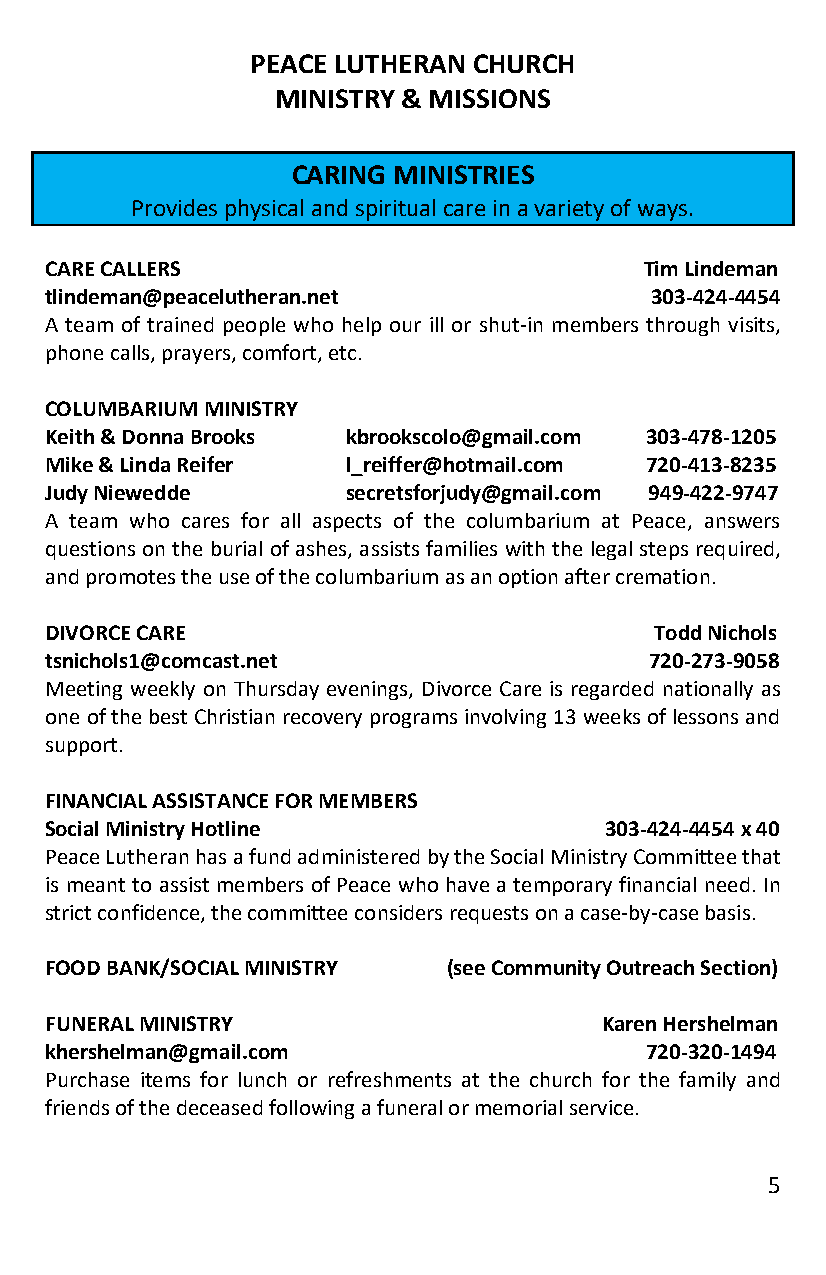
PEACE LUTHERAN CHURCH
 MINISTRY & MISSIONS
 CARING MINISTRIES
 Provides physical and spiritual care in a variety of ways.
 CARE CALLERS                            Tim Lindeman
 tlindeman@peacelutheran.net             303-424-4454
 A team of trained people who help our ill or shut-in members through visits,
 phone calls, prayers, comfort, etc.
 COLUMBARIUM MINISTRY
 Keith & Donna Brooks kbrookscolo@gmail.com 303-478-1205
 Mike & Linda Reifer l_reiffer@hotmail.com 720-413-8235
 Judy Niewedde       secretsforjudy@gmail.com 949-422-9747
 A team who cares for all aspects of the columbarium at Peace, answers
 questions on the burial of ashes, assists families with the legal steps required,
 and promotes the use of the columbarium as an option after cremation.
 DIVORCE CARE                            Todd Nichols
 tsnichols1@comcast.net                  720-273-9058
 Meeting weekly on Thursday evenings, Divorce Care is regarded nationally as
 one of the best Christian recovery programs involving 13 weeks of lessons and
 support.
 FINANCIAL ASSISTANCE FOR MEMBERS
 Social Ministry Hotline              303-424-4454 x 40
 Peace Lutheran has a fund administered by the Social Ministry Committee that
 is meant to assist members of Peace who have a temporary financial need. In
 strict confidence, the committee considers requests on a case-by-case basis.
 FOOD BANK/SOCIAL MINISTRY  (see Community Outreach Section)
 FUNERAL MINISTRY                     Karen Hershelman
 khershelman@gmail.com                   720-320-1494
 Purchase items for lunch or refreshments at the church for the family and
 friends of the deceased following a funeral or memorial service.
 5